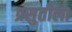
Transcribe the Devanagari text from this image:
प्रसुतीला